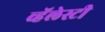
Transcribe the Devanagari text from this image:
व्हॅलेस्टी